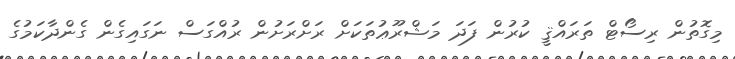
މިގޮތުން ރިސޯޓް ތަރައްޤީ ކުރުން ފަދަ މަޝްރޫޢުތަކަށް ރަށްރަށުން ރުއްގަސް ނަގައިގެން ގެންދާކަމުގެ